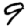
Digit: 9